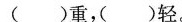
（ ）重，（ ）轻